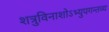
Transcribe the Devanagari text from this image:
शत्रुविनाशोऽभ्युपगन्तव्य